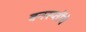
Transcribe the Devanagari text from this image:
वनस्प्तींचे